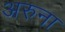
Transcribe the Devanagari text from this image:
अरुना